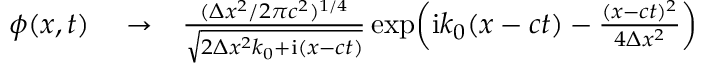
\begin{array} { r l r } { \phi ( x , t ) } & { { } \to } & { \frac { ( \Delta x ^ { 2 } / 2 \pi c ^ { 2 } ) ^ { 1 / 4 } } { \sqrt { 2 \Delta x ^ { 2 } k _ { 0 } + \mathrm { i } ( x - c t ) } } \exp \! \left( \mathrm { i } k _ { 0 } ( x - c t ) - \frac { ( x - c t ) ^ { 2 } } { 4 \Delta x ^ { 2 } } \right) } \end{array}